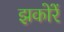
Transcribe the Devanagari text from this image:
झकोरें